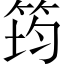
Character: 筠